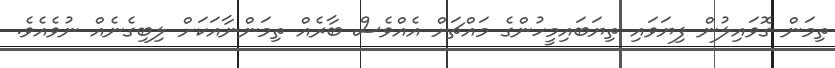
ތިމަން ގޮވައިލުން ފިޔަވައި ތިޔަބައިމީހުންގެ މައްޗަށް އެއްވެސް ބާރެއް ތިމަންނާއަކަށް ލިބިގެނެއް ނުވެއެވެ.